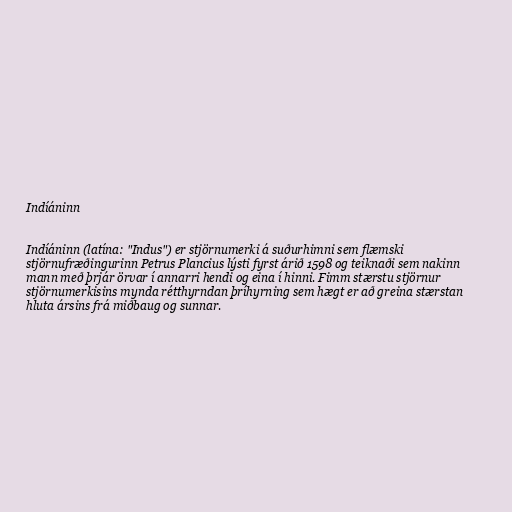
Indíáninn

Indíáninn (latína: "Indus") er stjörnumerki á suðurhimni sem flæmski
stjörnufræðingurinn Petrus Plancius lýsti fyrst árið 1598 og teiknaði sem nakinn
mann með þrjár örvar í annarri hendi og eina í hinni. Fimm stærstu stjörnur
stjörnumerkisins mynda rétthyrndan þríhyrning sem hægt er að greina stærstan
hluta ársins frá miðbaug og sunnar.